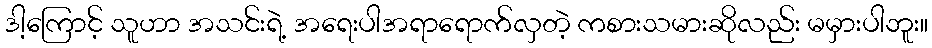
ဒါ့ကြောင့် သူဟာ အသင်းရဲ့ အရေးပါအရာရောက်လှတဲ့ ကစားသမားဆိုလည်း မမှားပါဘူး။